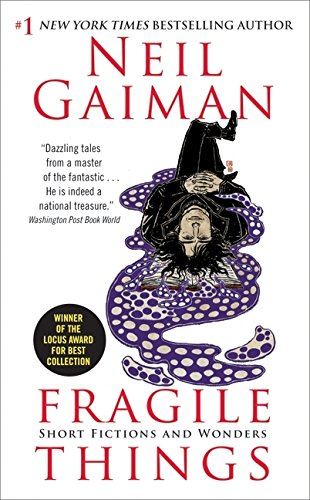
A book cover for Fragile Things: Short Fictions and Wonders; Neil Gaiman; Literature & Fiction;